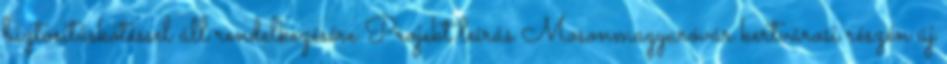
biztosításkötéssel áll rendelkezésére Projekt leírás Mosonmagyaróvár kertvárosi részén új